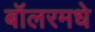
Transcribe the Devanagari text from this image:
बॉलरमधे